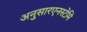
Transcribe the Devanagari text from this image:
अनुसारएनस्टेमि